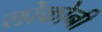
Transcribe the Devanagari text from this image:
लोकोनी